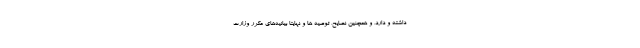
داشته و دارد، و همچنین نصایح، توصیه ها و نهایتا بیانیه‌های مکرر وزارت